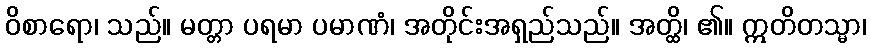
ဝိစာရော၊ သည်။ မတ္တာ ပရမာ ပမာဏံ၊ အတိုင်းအရှည်သည်။ အတ္ထိ၊ ၏။ ဣတိတသ္မာ၊